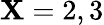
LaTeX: \mathbf{X}=2,3